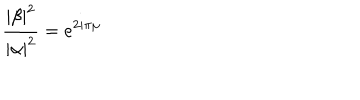
\frac { \left| \beta \right| ^ { 2 } } { \left| \alpha \right| ^ { 2 } } = e ^ { 2 i \pi \mu }